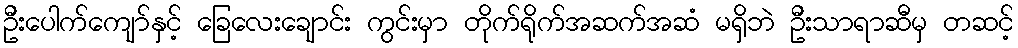
ဦးပေါက်ကျော်နှင့် ခြေလေးချောင်း ကွင်းမှာ တိုက်ရိုက်အဆက်အဆံ မရှိဘဲ ဦးသာရာဆီမှ တဆင့်